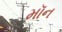
મૉન